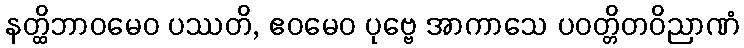
နတ္ထိဘာဝမေဝ ပဿတိ, ဧဝမေဝ ပုဗ္ဗေ အာကာသေ ပဝတ္တိတဝိညာဏံ